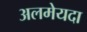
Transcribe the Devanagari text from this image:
अलमेयदा